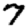
Digit: 7